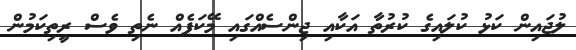
ލުޖައިން ކަޅު ކުލައިގެ ކުރުތާ އަކާއި ޖިންސެއްގައި މޭކަޕެއް ނެތި ވެސް ރީތިކަމުން